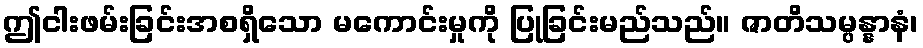
ဤငါးဖမ်းခြင်းအစရှိသော မကောင်းမှုကို ပြုခြင်းမည်သည်။ ဇာတိသမ္ပန္နာနံ၊